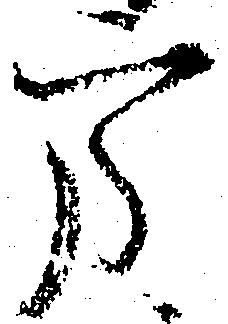
方